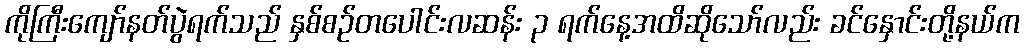
ကိုကြီးကျော်နတ်ပွဲရက်သည် နှစ်စဉ်တပေါင်းလဆန်း ၃ ရက်နေ့အထိဆိုသော်လည်း ခင်နှောင်းတို့နယ်က